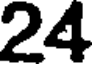
24